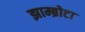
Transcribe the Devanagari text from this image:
झाम्ब्रोटा